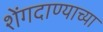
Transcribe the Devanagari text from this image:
शेंगदाण्याच्या